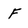
Character: F